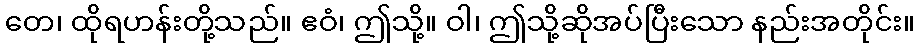
တေ၊ ထိုရဟန်းတို့သည်။ ဧဝံ၊ ဤသို့။ ဝါ၊ ဤသို့ဆိုအပ်ပြီးသော နည်းအတိုင်း။